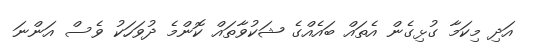
އަދި މިކަމާ ގުޅިގެން އެތައް ބައެއްގެ ޝަކުވާތައް ކޮންމެ ދުވަހަކު ވެސް އަންނަ